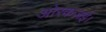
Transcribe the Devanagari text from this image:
ओरकज़ई।